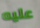
عليه